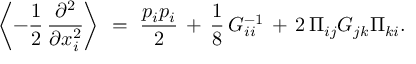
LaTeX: \left\langle - { \frac { 1 } { 2 } } \, \frac { \partial ^ { 2 } } { \partial x _ { i } ^ { 2 } } \right\rangle \ = \ { \frac { p _ { i } p _ { i } } { 2 } } \, + \, \frac { 1 } { 8 } \, G _ { i i } ^ { - 1 } \, + \, 2 \, \Pi _ { i j } G _ { j k } \Pi _ { k i } .